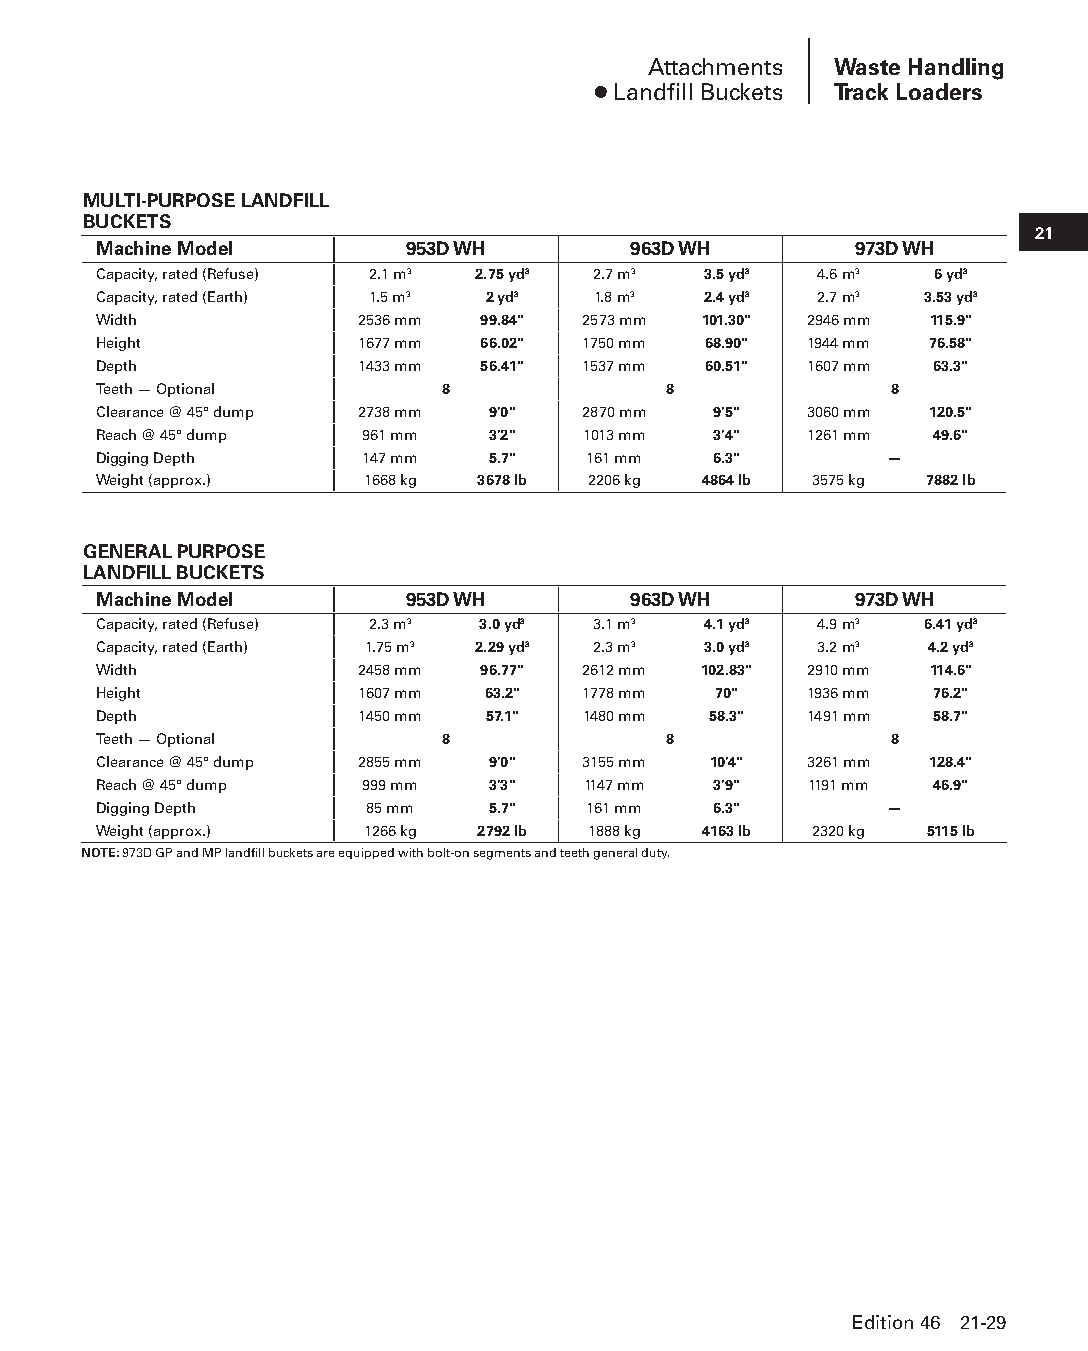
Attachments  Waste Handling
 ● Landfill Buckets Track Loaders
 MULTI-PURPOSE LANDFILL
 BUCKETS
 21
 Machine Model       953D WH        963D WH        973D WH
 Capacity, rated (Refuse) 2.1 m3 2.75 yd3 2.7 m3 3.5 yd3 4.6 m3 6 yd3
 Capacity, rated (Earth) 1.5 m3 2 yd3 1.8 m3 2.4 yd3 2.7 m3 3.53 yd3
 Width            2536 mm 99.84" 2573 mm 101.30" 2946 mm 115.9"
 Height           1677 mm 66.02" 1750 mm 68.90" 1944 mm 76.58"
 Depth            1433 mm 56.41" 1537 mm 60.51" 1607 mm 63.3"
 Teeth — Optional       8             8              8
 Clearance @ 45° dump 2738 mm 9'0" 2870 mm 9'5" 3060 mm 120.5"
 Reach @ 45° dump 961 mm   3'2"  1013 mm  3'4"  1261 mm 49.6"
 Digging Depth    147 mm   5.7"  161 mm   6.3"       —
 Weight (approx.) 1668 kg 3678 lb 2206 kg 4864 lb 3575 kg 7882 lb
 GENERAL PURPOSE
 LANDFILL BUCKETS
 Machine Model       953D WH        963D WH        973D WH
 Capacity, rated (Refuse) 2.3 m3 3.0 yd3 3.1 m3 4.1 yd3 4.9 m3 6.41 yd3
 Capacity, rated (Earth) 1.75 m3 2.29 yd3 2.3 m3 3.0 yd3 3.2 m3 4.2 yd3
 Width            2458 mm 96.77" 2612 mm 102.83" 2910 mm 114.6"
 Height           1607 mm 63.2"  1778 mm  70"   1936 mm 76.2"
 Depth            1450 mm  57.1" 1480 mm 58.3"  1491 mm 58.7"
 Teeth — Optional       8             8              8
 Clearance @ 45° dump 2855 mm 9'0" 3155 mm 10'4" 3261 mm 128.4"
 Reach @ 45° dump 999 mm   3'3"  1147 mm  3'9"  1191 mm 46.9"
 Digging Depth     85 mm   5.7"  161 mm   6.3"       —
 Weight (approx.) 1266 kg 2792 lb 1888 kg 4163 lb 2320 kg 5115 lb
 NOTE: 973D GP and MP landfill buckets are equipped with bolt-on segments and teeth general duty.
 Edition 46 21-29
 PPHHBB--SSeecc2211--1166..iinndddd 2299                        1122//44//1155 1111::0044 AAMM